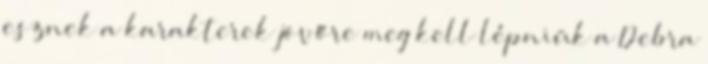
esznek a karakterek jövőre meg kell lépniük a Debra